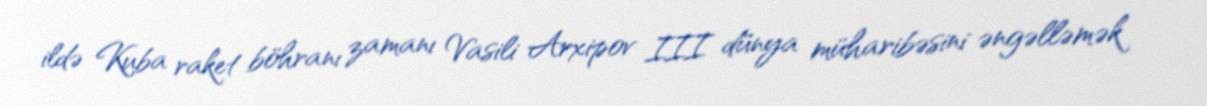
ildə Kuba raket böhranı zamanı Vasili Arxipov III dünya müharibəsini əngəlləmək